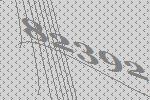
82392